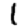
Digit: 1